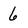
Character: 6